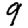
Digit: 9